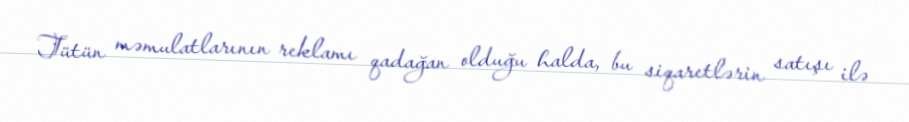
Tütün məmulatlarının reklamı qadağan olduğu halda, bu siqaretlərin satışı ilə